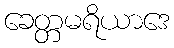
ခေတ္တမရိယာဒေ